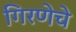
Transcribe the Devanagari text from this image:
गिरणेचे